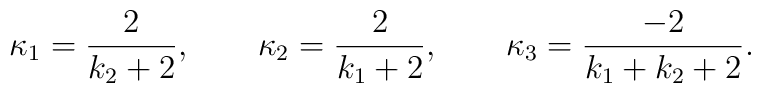
\kappa_1 = \frac{2}{k_2 + 2},\qquad  \kappa_2 = \frac{2}{k_1 + 2},\qquad  \kappa_3 = \frac{-2}{k_1 + k_2 + 2}.